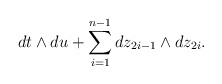
\begin{align*}dt \wedge du + \sum_{i=1}^{n-1} dz_{2i-1} \wedge d z_{2i}.\end{align*}